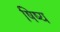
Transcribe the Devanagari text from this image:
षिष्य